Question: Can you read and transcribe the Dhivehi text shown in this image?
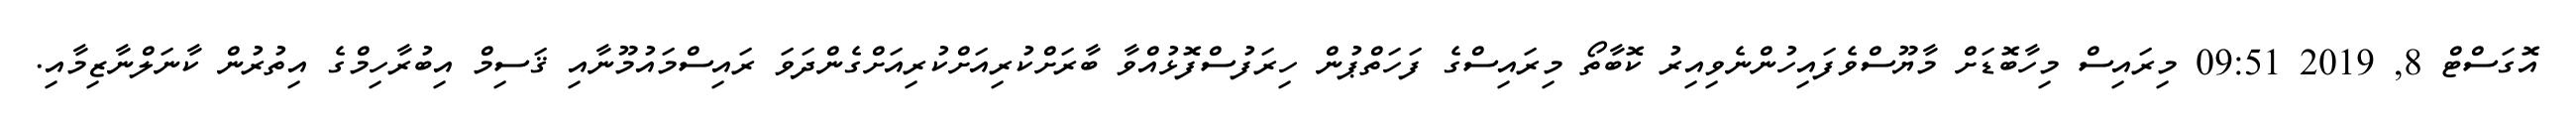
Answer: އޮގަސްޓް 8, 2019 09:51 މިރައިސް މިހާބޮޑަށް މާޔޫސްވެފައިހުންނެވިއިރު ކޮބާތޯ މިރައިސްގެ ފަހަތްޕުން ހިރަފުސްފޮޅުއްވާ ބާރަށްކުރިއަށްކުރިއަށްގެންދަވަ ރައިސްމައުމޫނާއި ޤަސިމް އިބުރާހިމްގެ އިތުރުން ކާނަލްނާޒިމާއި.